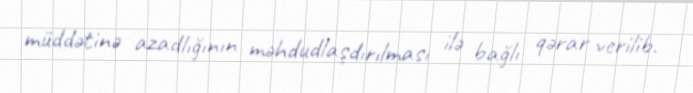
müddətinə azadlığının məhdudlaşdırılması ilə bağlı qərar verilib.